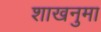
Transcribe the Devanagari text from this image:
शाखनुमा